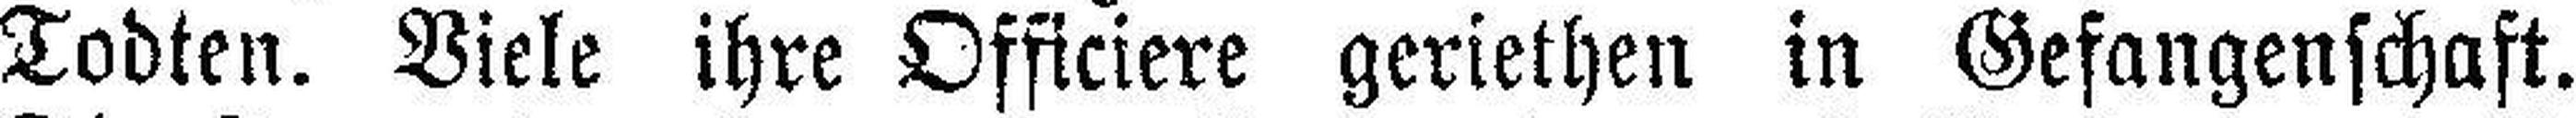
Todten. Viele ihre Officiere geriethen in Gefangenschaft.